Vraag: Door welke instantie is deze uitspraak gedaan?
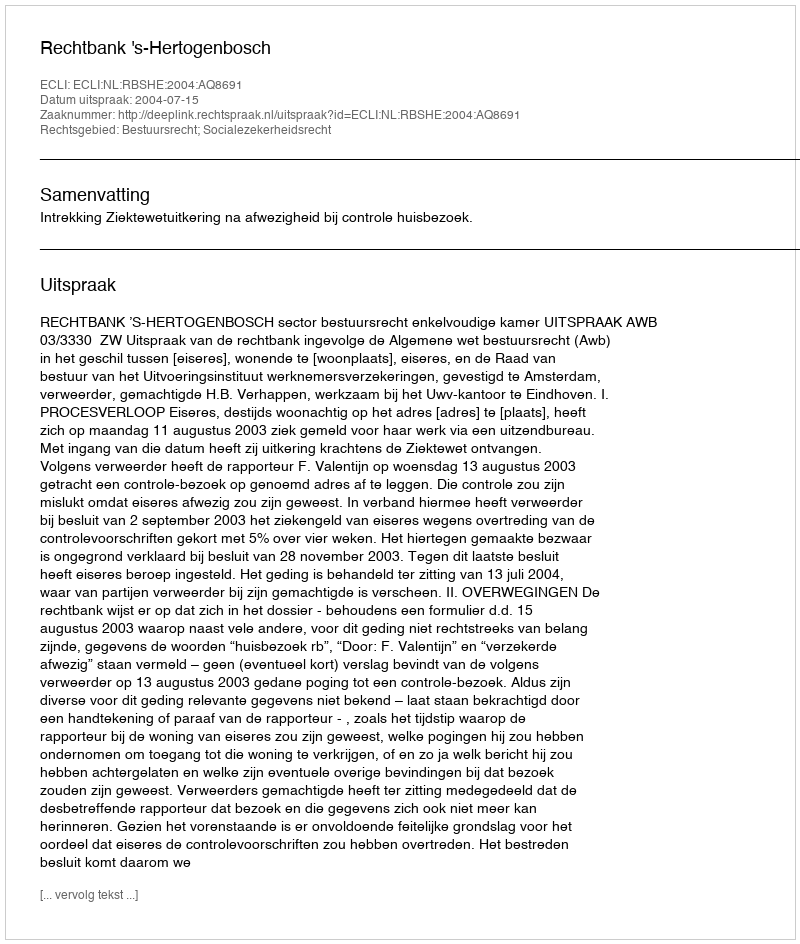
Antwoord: Rechtbank 's-Hertogenbosch